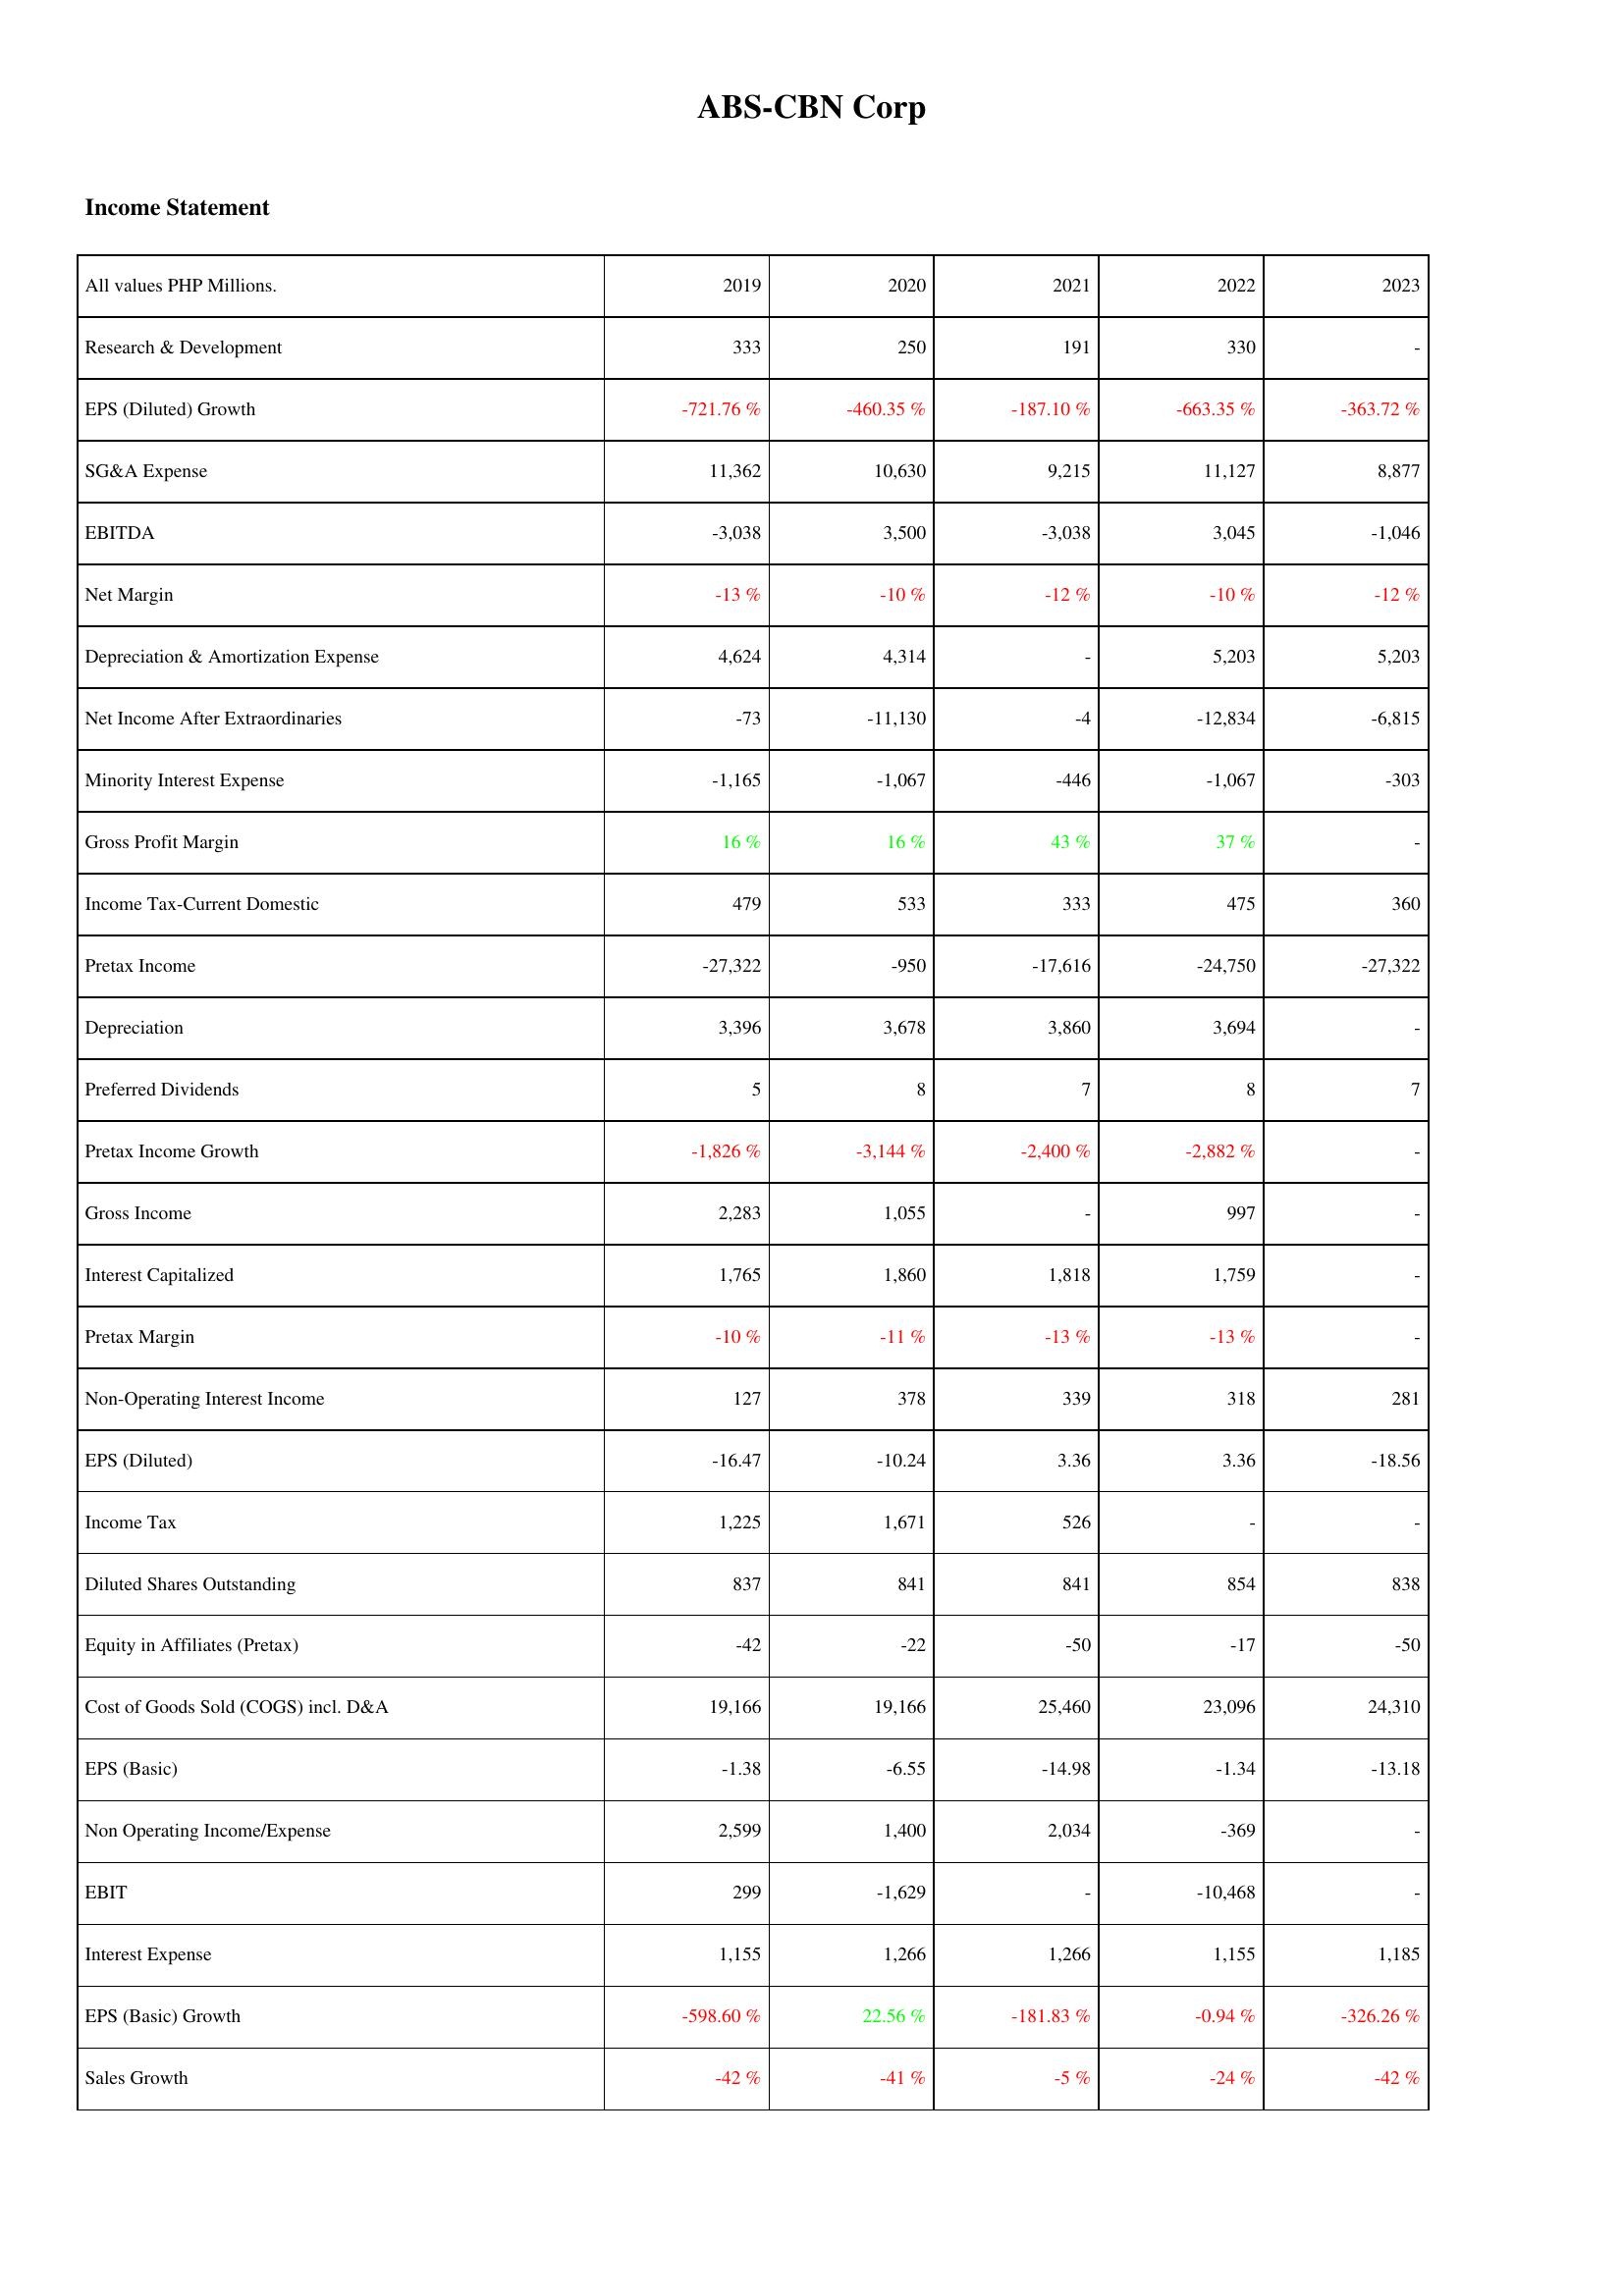
2019: Income Statement: Research & Development: 333
EPS (Diluted) Growth: -721.76 %
SG&A Expense: 11,362
EBITDA: -3,038
Net Margin: -13 %
Depreciation & Amortization Expense: 4,624
Net Income After Extraordinaries: -73
Minority Interest Expense: -1,165
Gross Profit Margin: 16 %
Income Tax-Current Domestic: 479
Pretax Income: -27,322
Depreciation: 3,396
Preferred Dividends: 5
Pretax Income Growth: -1,826 %
Gross Income: 2,283
Interest Capitalized: 1,765
Pretax Margin: -10 %
Non-Operating Interest Income: 127
EPS (Diluted): -16.47
Income Tax: 1,225
Diluted Shares Outstanding: 837
Equity in Affiliates (Pretax): -42
Cost of Goods Sold (COGS) incl. D&A: 19,166
EPS (Basic): -1.38
Non Operating Income/Expense: 2,599
EBIT: 299
Interest Expense: 1,155
EPS (Basic) Growth: -598.60 %
Sales Growth: -42 %
2020: Income Statement: Research & Development: 250
EPS (Diluted) Growth: -460.35 %
SG&A Expense: 10,630
EBITDA: 3,500
Net Margin: -10 %
Depreciation & Amortization Expense: 4,314
Net Income After Extraordinaries: -11,130
Minority Interest Expense: -1,067
Gross Profit Margin: 16 %
Income Tax-Current Domestic: 533
Pretax Income: -950
Depreciation: 3,678
Preferred Dividends: 8
Pretax Income Growth: -3,144 %
Gross Income: 1,055
Interest Capitalized: 1,860
Pretax Margin: -11 %
Non-Operating Interest Income: 378
EPS (Diluted): -10.24
Income Tax: 1,671
Diluted Shares Outstanding: 841
Equity in Affiliates (Pretax): -22
Cost of Goods Sold (COGS) incl. D&A: 19,166
EPS (Basic): -6.55
Non Operating Income/Expense: 1,400
EBIT: -1,629
Interest Expense: 1,266
EPS (Basic) Growth: 22.56 %
Sales Growth: -41 %
2021: Income Statement: Research & Development: 191
EPS (Diluted) Growth: -187.10 %
SG&A Expense: 9,215
EBITDA: -3,038
Net Margin: -12 %
Depreciation & Amortization Expense: -
Net Income After Extraordinaries: -4
Minority Interest Expense: -446
Gross Profit Margin: 43 %
Income Tax-Current Domestic: 333
Pretax Income: -17,616
Depreciation: 3,860
Preferred Dividends: 7
Pretax Income Growth: -2,400 %
Gross Income: -
Interest Capitalized: 1,818
Pretax Margin: -13 %
Non-Operating Interest Income: 339
EPS (Diluted): 3.36
Income Tax: 526
Diluted Shares Outstanding: 841
Equity in Affiliates (Pretax): -50
Cost of Goods Sold (COGS) incl. D&A: 25,460
EPS (Basic): -14.98
Non Operating Income/Expense: 2,034
EBIT: -
Interest Expense: 1,266
EPS (Basic) Growth: -181.83 %
Sales Growth: -5 %
2022: Income Statement: Research & Development: 330
EPS (Diluted) Growth: -663.35 %
SG&A Expense: 11,127
EBITDA: 3,045
Net Margin: -10 %
Depreciation & Amortization Expense: 5,203
Net Income After Extraordinaries: -12,834
Minority Interest Expense: -1,067
Gross Profit Margin: 37 %
Income Tax-Current Domestic: 475
Pretax Income: -24,750
Depreciation: 3,694
Preferred Dividends: 8
Pretax Income Growth: -2,882 %
Gross Income: 997
Interest Capitalized: 1,759
Pretax Margin: -13 %
Non-Operating Interest Income: 318
EPS (Diluted): 3.36
Income Tax: -
Diluted Shares Outstanding: 854
Equity in Affiliates (Pretax): -17
Cost of Goods Sold (COGS) incl. D&A: 23,096
EPS (Basic): -1.34
Non Operating Income/Expense: -369
EBIT: -10,468
Interest Expense: 1,155
EPS (Basic) Growth: -0.94 %
Sales Growth: -24 %
2023: Income Statement: Research & Development: -
EPS (Diluted) Growth: -363.72 %
SG&A Expense: 8,877
EBITDA: -1,046
Net Margin: -12 %
Depreciation & Amortization Expense: 5,203
Net Income After Extraordinaries: -6,815
Minority Interest Expense: -303
Gross Profit Margin: -
Income Tax-Current Domestic: 360
Pretax Income: -27,322
Depreciation: -
Preferred Dividends: 7
Pretax Income Growth: -
Gross Income: -
Interest Capitalized: -
Pretax Margin: -
Non-Operating Interest Income: 281
EPS (Diluted): -18.56
Income Tax: -
Diluted Shares Outstanding: 838
Equity in Affiliates (Pretax): -50
Cost of Goods Sold (COGS) incl. D&A: 24,310
EPS (Basic): -13.18
Non Operating Income/Expense: -
EBIT: -
Interest Expense: 1,185
EPS (Basic) Growth: -326.26 %
Sales Growth: -42 %